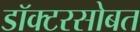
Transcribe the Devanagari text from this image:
डॉक्टरसोबत